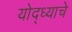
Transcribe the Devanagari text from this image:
योद्ध्याचे